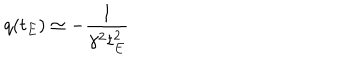
q ( t _ { E } ) \simeq - \frac { 1 } { \gamma ^ { 2 } t _ { E } ^ { 2 } }